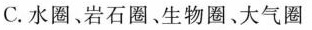
C.水圈、岩石圈、生物圈、大气圈